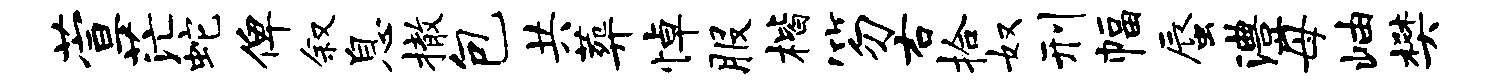
萱茫蛇俾叙息撤包共葬悼服楷笏右拾奴刑幅蜃澧母岫樊